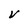
Character: V